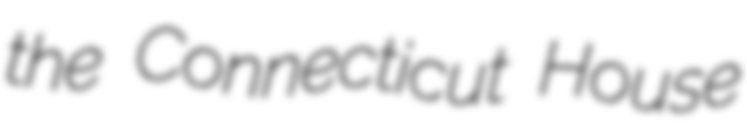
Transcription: the Connecticut House